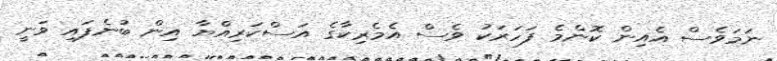
ނަމަވެސް އެއިން ކޮންމެ ފަހަރަކު ވެސް އެމެރިކާގެ އަސްކަރިއްޔާ އިން ބުނެފައި ވަނީ